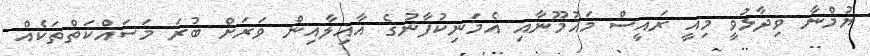
ޔުމްނާ ވިދާޅުވީ މިއީ ރައީސް މައުމޫނާއި އެމަނިކުފާނުގެ އާއިލާއިން ވަރަށް ބުރަ މަސައްކަތްތަކެއް